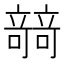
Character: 𥪼